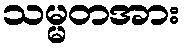
သမ္မတအား